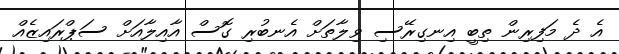
އެ ދެ މަފިރިން ތިބީ އިނގިރޭސި ވިލާތަށް އެނބުރި ގޮސް އާއިލާއަށް ސަޕްރައިޒެއް